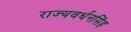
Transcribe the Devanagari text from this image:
राज्यवर्धनसिंह